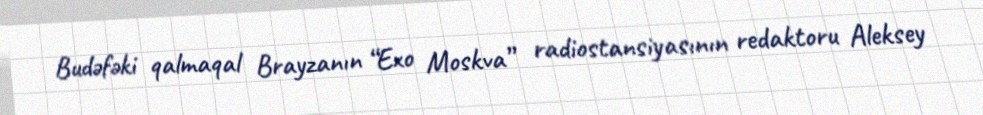
Budəfəki qalmaqal Brayzanın “Exo Moskva” radiostansiyasının redaktoru Aleksey